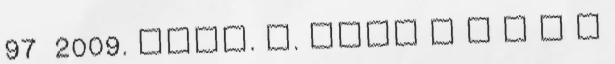
97 2009. Legf. Ü. szám G Y O R S